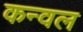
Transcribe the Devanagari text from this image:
कन्वल